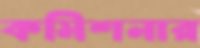
কমিশনার